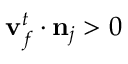
\mathbf { v } _ { f } ^ { t } \cdot \mathbf { n } _ { j } > 0